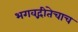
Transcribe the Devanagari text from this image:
भगवद्गीतेचाच